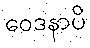
ဝေဒနာပိ